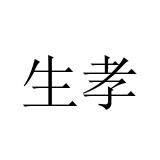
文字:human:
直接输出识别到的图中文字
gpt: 生孝